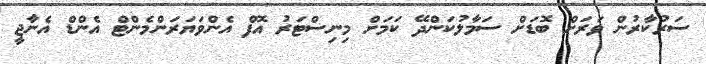
ސަރުކާރުން ވަރަށް ބޮޑަށް ސަމާލުކަންދޭ ކަމަށް މިނިސްޓަރު އޮފް އެންވަޔަރަންމެންޓް އެންޑް އެނާޖީ